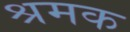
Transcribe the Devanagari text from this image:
श्रमक